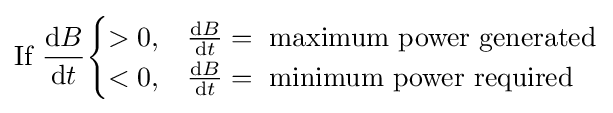
{\mbox{If}}~{\frac {\mathrm {d} B}{\mathrm {d} t}}{\begin{cases}>0,&{\frac {\mathrm {d} B}{\mathrm {d} t}}={\mbox{ maximum power generated}}\\<0,&{\frac {\mathrm {d} B}{\mathrm {d} t}}={\mbox{ minimum power required}}\end{cases}}